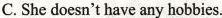
C.She doesn't have any hobbies.